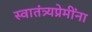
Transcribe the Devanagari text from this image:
स्वातंत्र्यप्रेमींना